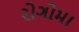
રોગોમા